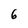
Character: 6